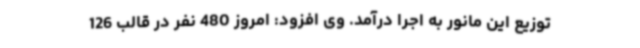
توزیع این مانور به اجرا درآمد. وی افزود: امروز 480 نفر در قالب 126